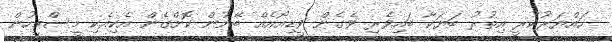
ހައްޔަރުކުރީ އިތުރު ބަޔަކާ ބައިވެރި ވެގެން ވީޑިއޯއެއް ބޭނުން ކޮށްގެން އެކިއެކި މީސްމީހުން